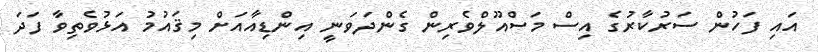
އައި ފަހުން ސަރުކާރުގެ އިސް މަސްއޫލްވެރިން ގެންދަވަނީ އިންޑިއާއަށް މިޤައުމު އަޅުވެތިވާ ފަދަ